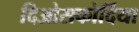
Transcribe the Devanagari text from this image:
दिओसकोर्दिया